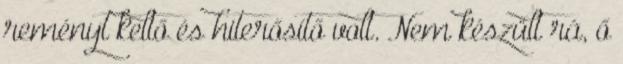
reményt keltő és hiterősítő volt. Nem készült rá, ő